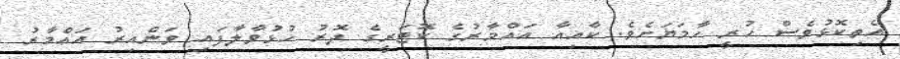
އެތިކޮޅުވެސް ހުރީ ހާމަޔަށެވެ. ކާއިއާ އައްމާރުގެ ކޮޓަރީގެ ދޮރު ހުޅުވާލާފައި ވަންއިރު އައްމާރު